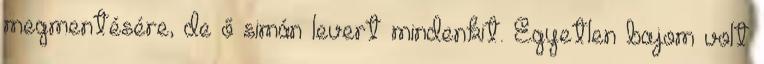
megmentésére, de ő simán levert mindenkit. Egyetlen bajom volt